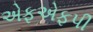
એફએફપી